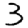
Digit: 3